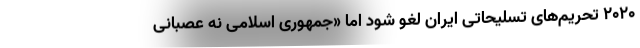
۲۰۲۰ تحریم‌های تسلیحاتی ایران لغو شود اما «جمهوری اسلامی نه عصبانی